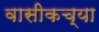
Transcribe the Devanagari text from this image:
वासीकच्या